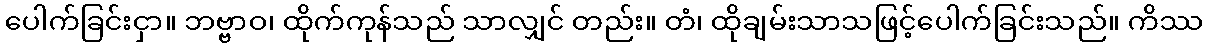
ပေါက်ခြင်းငှာ။ ဘဗ္ဗာဝ၊ ထိုက်ကုန်သည် သာလျှင် တည်း။ တံ၊ ထိုချမ်းသာသဖြင့်ပေါက်ခြင်းသည်။ ကိဿ